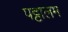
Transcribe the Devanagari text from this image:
पट्टालम